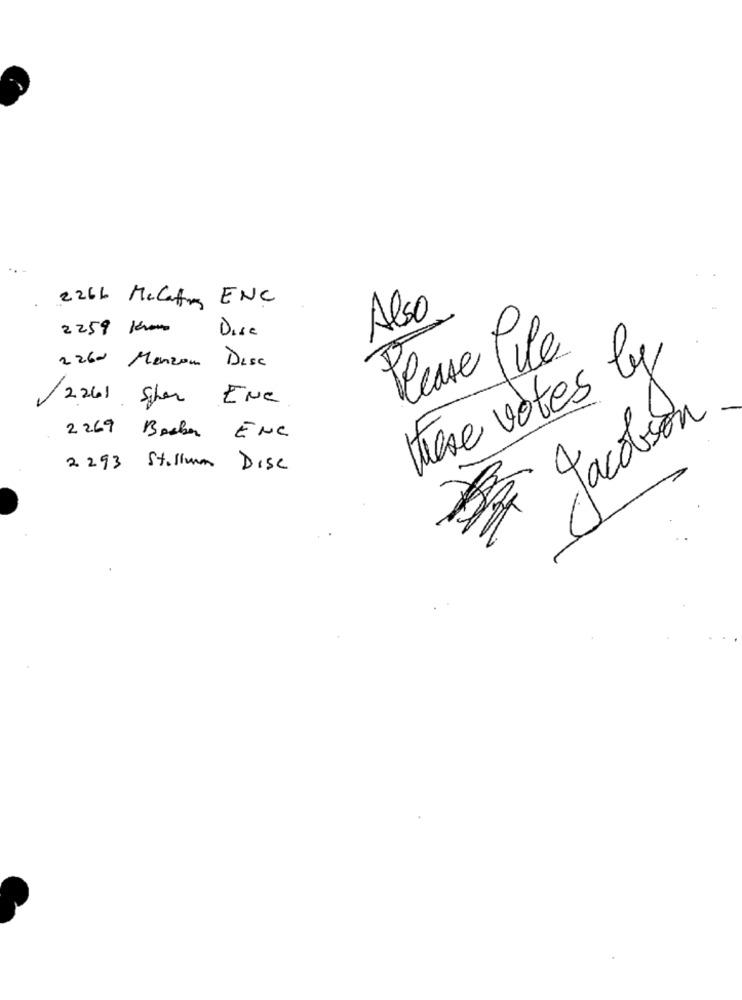
2266 Mclate ENC
Also
2259 Km
Disc
Please Pile
2260 Menzon Desc
these votes ly
2261 Schar ENC
Jacobson
2269 Becker ENC
2293 Stillum Dose